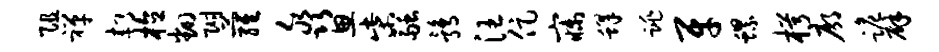
阻禅郝植翻附萝淼思柴融鹑汪促寐蜂跳牙螺枵廓跪辟